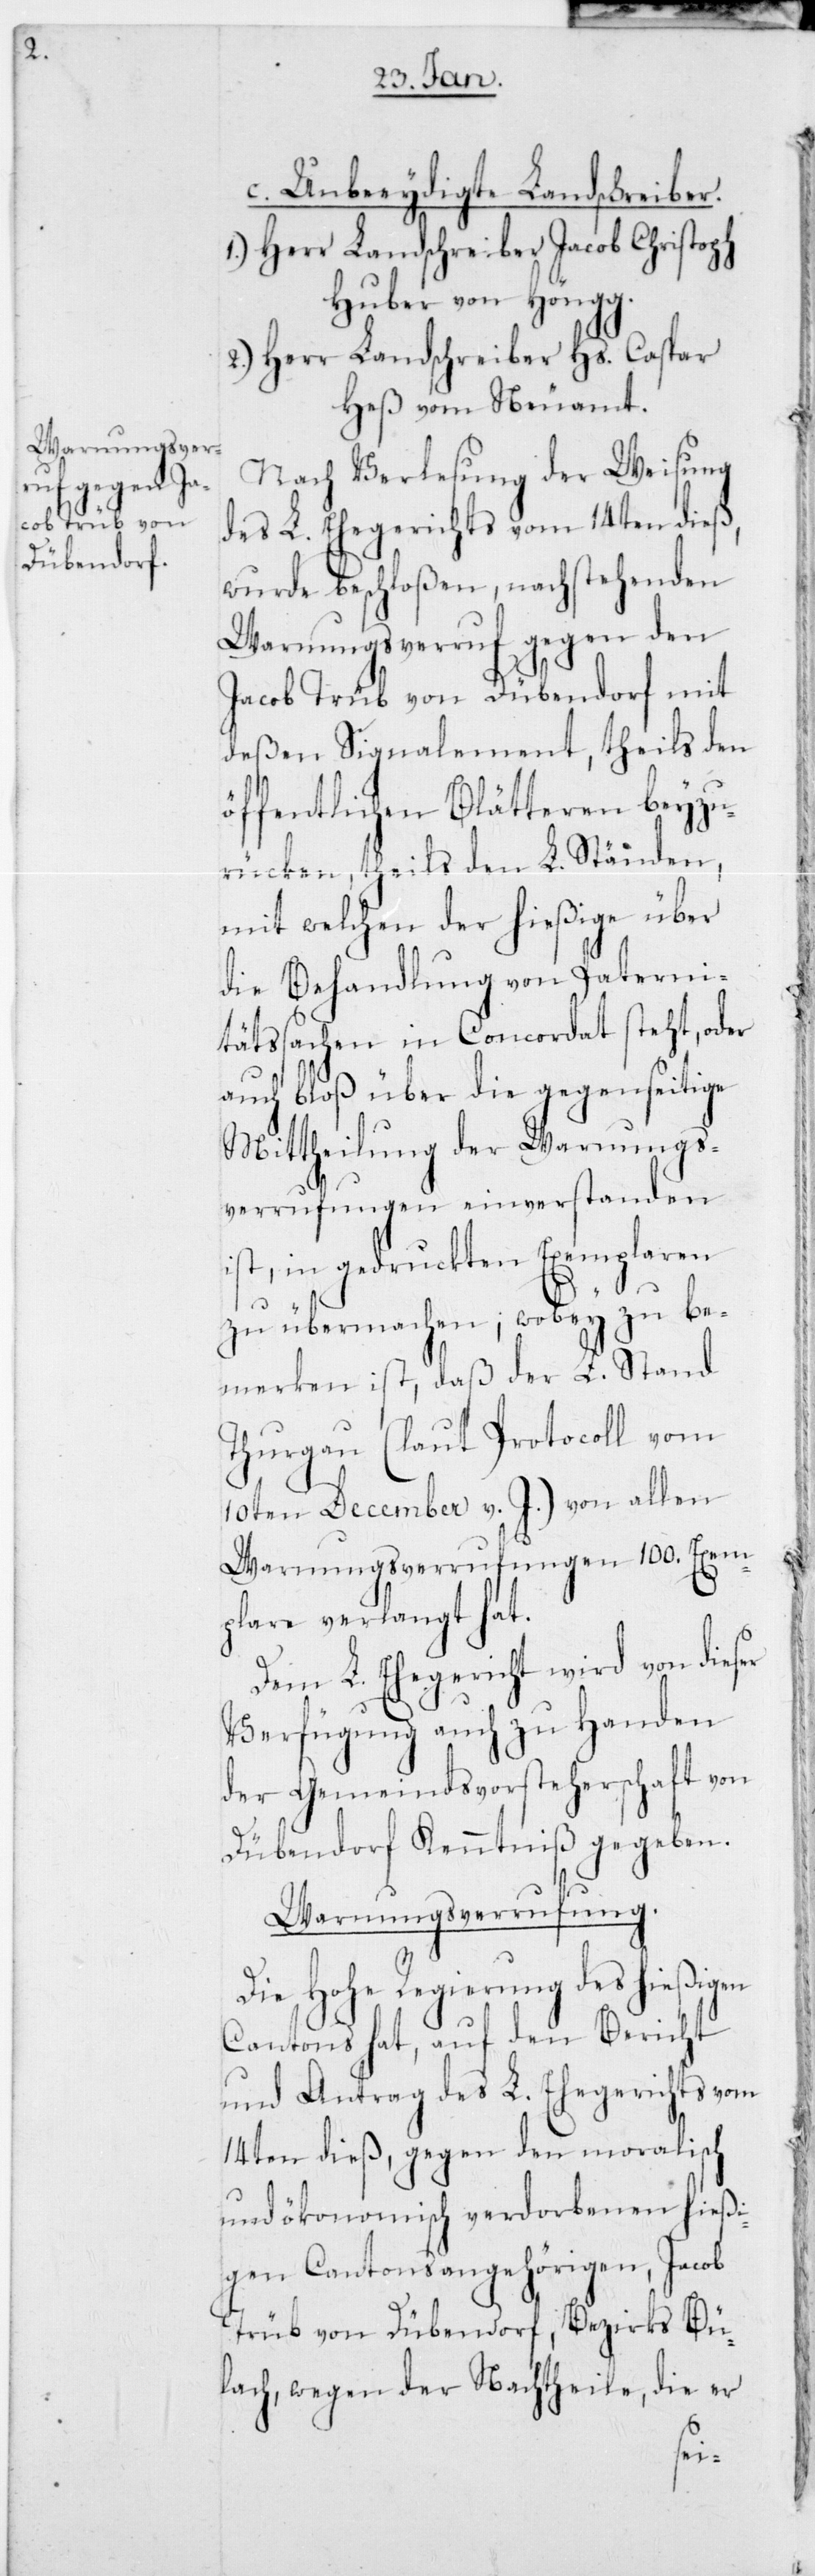
c. Unbeeidigte Landschreiber:
1.) Herr Landschreiber Jacob Christoph
Huber von Höngg.
2.) Herr Landschreiber Hs. Caspar
Heß vom Neuamt.
Nach Verlesung der Weisung
des l. Ehegerichts vom 14ten dieß,
wurde beschloßen, nachstehenden
Warnungsverruf gegen den
Jacob Trüb von Dübendorf mit
deßen Signalement, theils den
öffentlichen Blätteren beyzu¬
rücken, theils den l. Ständen,
mit welchen der hießige über
die Behandlung von Paterni¬
tätssachen in Concordat steht, oder
auch bloß über die gegenseitige
Mittheilung der Warnungs¬
verrufungen einverstanden
ist, in gedruckten Exemplaren
zu übermachen, wobey zu be¬
merken ist, daß der l. Stand
Thurgau (laut Protocoll vom
10ten December v. J.) von allen
Warnungsverrufungen 100. Exem¬
plare verlangt hat.
Dem lobl. Ehegericht wird von dieser
Verfügung auch zu Handen
der Gemeindsvorsteherschaft von
Dübendorf Kenntniß gegeben.
Warnungsverrufung.
Die Hohe Regierung des hießigen
Cantons hat, auf den Bericht
und Antrag des l. Ehegerichts vom
14ten dieß, gegen den moralisch
und ökonomisch verdorbenen hießi¬
gen Cantonsangehörigen, Jacob
Trüb von Dübendorf, Bezirks Bü¬
lach, wegen der Nachtheile, die er